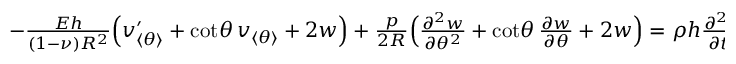
\begin{array} { r } { - \frac { E h } { ( 1 - \nu ) R ^ { 2 } } { \Big ( v _ { \langle \theta \rangle } ^ { \prime } + \cot \! \theta \, v _ { \langle \theta \rangle } + 2 w \Big ) } + \frac { p } { 2 R } \Big ( \frac { \partial ^ { 2 } w } { \partial \theta ^ { 2 } } + \cot \! \theta \, \frac { \partial w } { \partial \theta } + 2 w \Big ) = \rho h \frac { \partial ^ { 2 } w } { \partial t ^ { 2 } } . } \end{array}